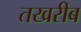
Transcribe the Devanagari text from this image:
तखरीब